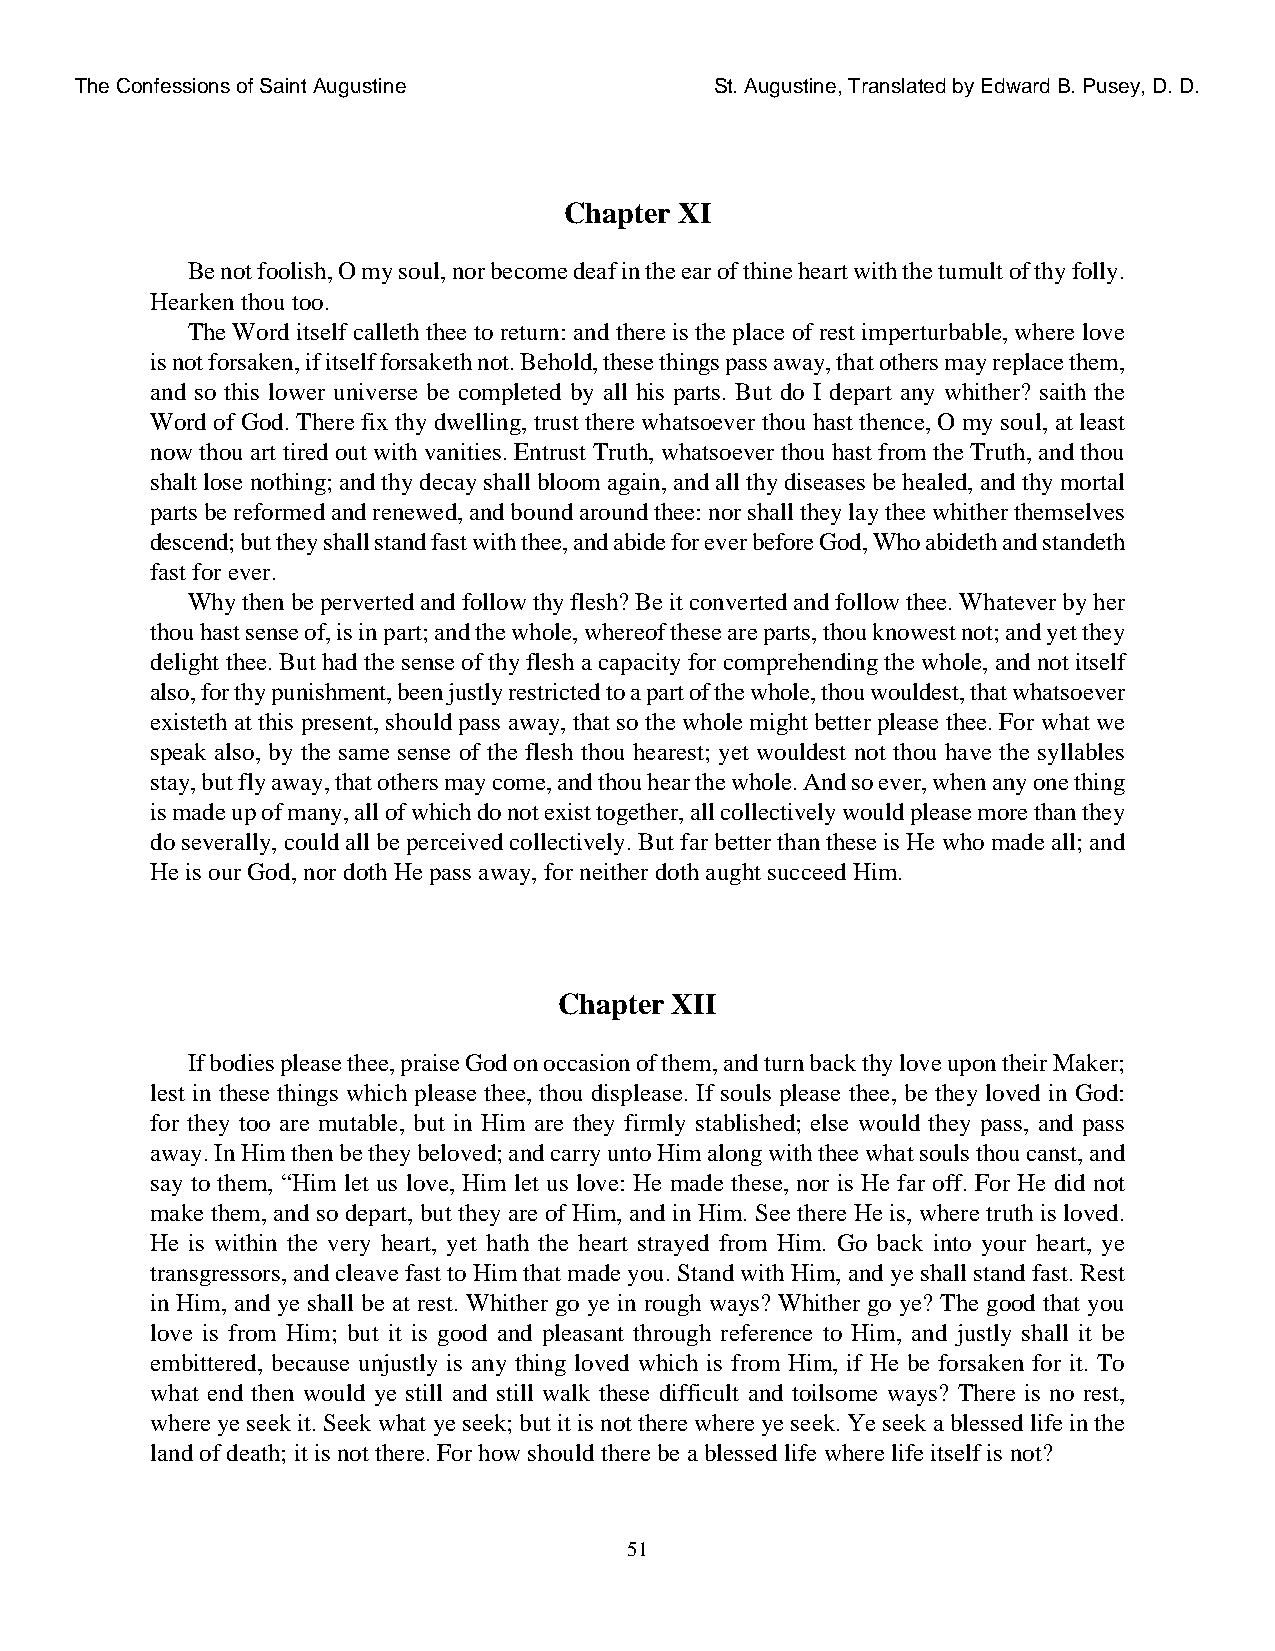
The Confessions of Saint Augustine        St. Augustine, Translated by Edward B. Pusey, D. D.
 Chapter XI
 Be not foolish, O my soul, nor become deaf in the ear of thine heart with the tumult of thy folly.
 Hearken thou too.
 The Word itself calleth thee to return: and there is the place of rest imperturbable, where love
 is not forsaken, if itself forsaketh not. Behold, these things pass away, that others may replace them,
 and so this lower universe be completed by all his parts. But do I depart any whither? saith the
 Word of God. There fix thy dwelling, trust there whatsoever thou hast thence, O my soul, at least
 now thou art tired out with vanities. Entrust Truth, whatsoever thou hast from the Truth, and thou
 shalt lose nothing; and thy decay shall bloom again, and all thy diseases be healed, and thy mortal
 parts be reformed and renewed, and bound around thee: nor shall they lay thee whither themselves
 descend; but they shall stand fast with thee, and abide for ever before God, Who abideth and standeth
 fast for ever.
 Why then be perverted and follow thy flesh? Be it converted and follow thee. Whatever by her
 thou hast sense of, is in part; and the whole, whereof these are parts, thou knowest not; and yet they
 delight thee. But had the sense of thy flesh a capacity for comprehending the whole, and not itself
 also, for thy punishment, been justly restricted to a part of the whole, thou wouldest, that whatsoever
 existeth at this present, should pass away, that so the whole might better please thee. For what we
 speak also, by the same sense of the flesh thou hearest; yet wouldest not thou have the syllables
 stay, but fly away, that others may come, and thou hear the whole. And so ever, when any one thing
 is made up of many, all of which do not exist together, all collectively would please more than they
 do severally, could all be perceived collectively. But far better than these is He who made all; and
 He is our God, nor doth He pass away, for neither doth aught succeed Him.
 Chapter XII
 If bodies please thee, praise God on occasion of them, and turn back thy love upon their Maker;
 lest in these things which please thee, thou displease. If souls please thee, be they loved in God:
 for they too are mutable, but in Him are they firmly stablished; else would they pass, and pass
 away. In Him then be they beloved; and carry unto Him along with thee what souls thou canst, and
 say to them, “Him let us love, Him let us love: He made these, nor is He far off. For He did not
 make them, and so depart, but they are of Him, and in Him. See there He is, where truth is loved.
 He is within the very heart, yet hath the heart strayed from Him. Go back into your heart, ye
 transgressors, and cleave fast to Him that made you. Stand with Him, and ye shall stand fast. Rest
 in Him, and ye shall be at rest. Whither go ye in rough ways? Whither go ye? The good that you
 love is from Him; but it is good and pleasant through reference to Him, and justly shall it be
 embittered, because unjustly is any thing loved which is from Him, if He be forsaken for it. To
 what end then would ye still and still walk these difficult and toilsome ways? There is no rest,
 where ye seek it. Seek what ye seek; but it is not there where ye seek. Ye seek a blessed life in the
 land of death; it is not there. For how should there be a blessed life where life itself is not?
 51